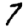
Digit: 7